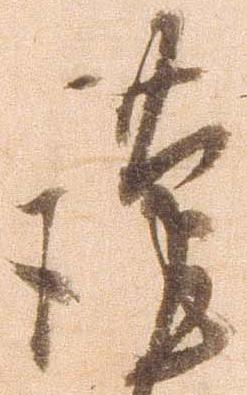
謹